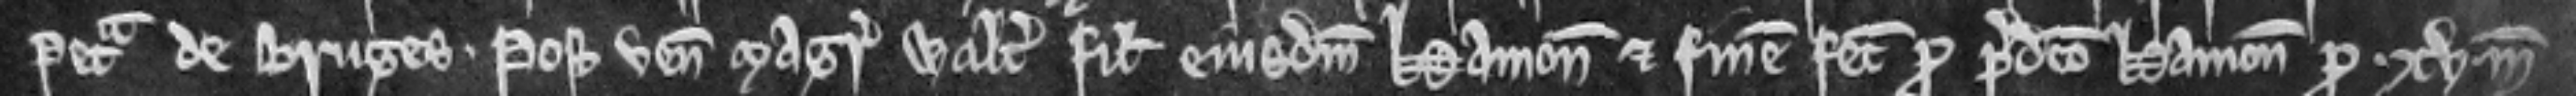
Petra de Bruges. Post venit Magister Walterus filius ejusdem Hamonis et finem fecit pro predicto Hamone pro. xv. marcis